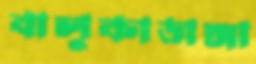
বালুকাডাঙ্গা